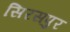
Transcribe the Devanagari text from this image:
सिरसपुर